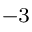
^ { - 3 }